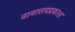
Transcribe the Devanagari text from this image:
नानारावप्रकाश